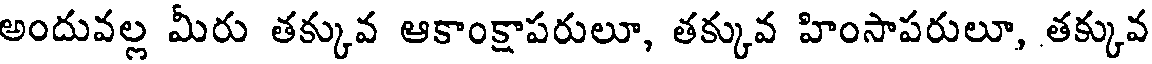
అందువల్ల మీరు తక్కువ ఆకాంక్షాపరులూ, తక్కువ హింసాపరులూ, తక్కువ